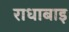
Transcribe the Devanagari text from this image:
राधाबाइ